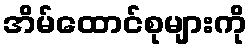
အိမ်ထောင်စုများကို